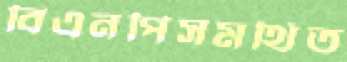
বিএনপিসমর্থিত